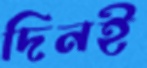
দিনই